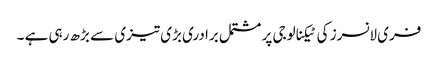
فری لانسرز کی ٹیکنالوجی پر مشتمل برادری بڑی تیزی سے بڑھ رہی ہے ۔